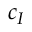
c _ { I }